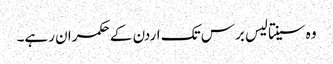
وہ سینتالیس برس تک اردن کے حکمران رہے۔